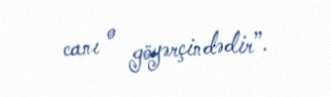
canı o göyərçindədir”.